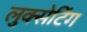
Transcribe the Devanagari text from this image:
लुक्सेटिंग